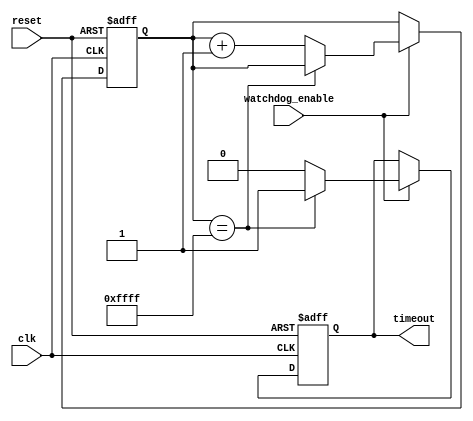
module Watchdog_timer (
    input wire clk,
    input wire reset,
    input wire watchdog_enable,
    output reg timeout
);

reg [15:0] counter;

always @(posedge clk or posedge reset) begin
    if (reset) begin
        counter <= 16'd0;
        timeout <= 1'b0;
    end else begin
        if (watchdog_enable) begin
            if (counter == 16'd65535) begin
                timeout <= 1'b1;
            end else begin
                counter <= counter + 1;
                timeout <= 1'b0;
            end
        end
    end
end

endmodule